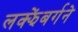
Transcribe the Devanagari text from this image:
लक्झेंबर्गने